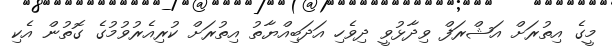
މީގެ އިތުރަށް އަޝްރަފް ވިދާޅުވީ ދިވެހި އަދަބިއްޔާތު އިތުރަށް ކުރިއެރުވުމުގެ ގޮތުން އެކި